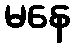
မနေ